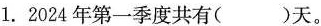
1.2024年第一季度共有( )天。